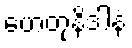
ဟေတုနိဒါနံ